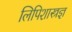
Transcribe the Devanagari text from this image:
लिपिशास्त्रज्ञ